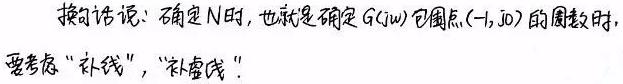
换句话说：确定 \( N \) 时，也就是确定 \( G(\mathrm{j}\omega) \) 包围点 \( (-1, \mathrm{j}0) \) 的圈数时，要考虑 “补线”，“补虚线”！